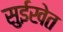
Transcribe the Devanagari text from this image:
सुईखेत